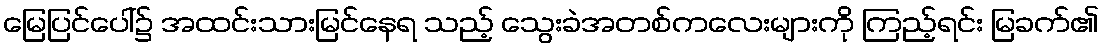
မြေပြင်ပေါ်၌ အထင်းသားမြင်နေရ သည့် သွေးခဲအတစ်ကလေးများကို ကြည့်ရင်း မြခက်၏